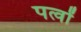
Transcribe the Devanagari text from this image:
पत्वों